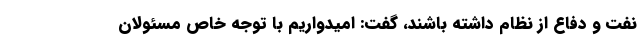
نفت و دفاع از نظام داشته باشند، گفت: امیدواریم با توجه خاص مسئولان